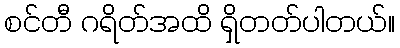
စင်တီ ဂရိတ်အထိ ရှိတတ်ပါတယ်။